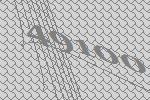
49100